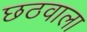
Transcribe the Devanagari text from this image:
छठवाला